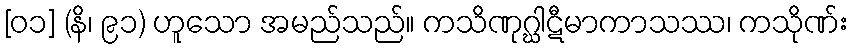
[၀၁] (နိ၊ ၉၁) ဟူသော အမည်သည်။ ကသိဏုဂ္ဃါဋီမာကာသဿ၊ ကသိုဏ်း